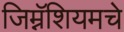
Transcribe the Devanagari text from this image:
जिम्नॅशियमचे